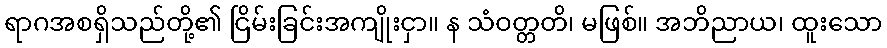
ရာဂအစရှိသည်တို့၏ ငြိမ်းခြင်းအကျိုးငှာ။ န သံဝတ္တတိ၊ မဖြစ်။ အဘိညာယ၊ ထူးသော